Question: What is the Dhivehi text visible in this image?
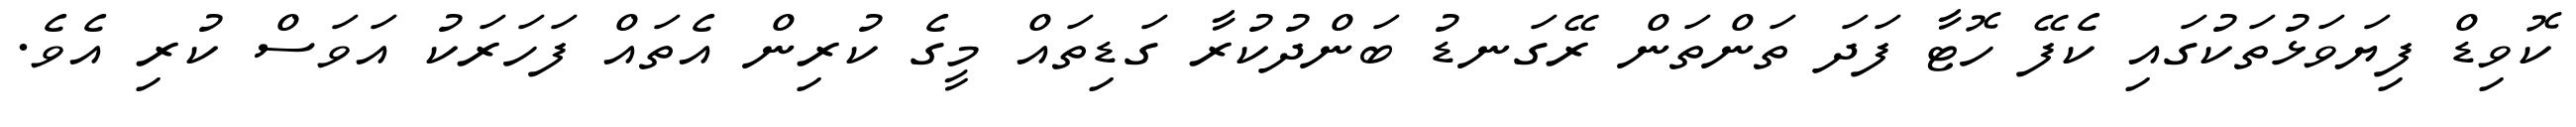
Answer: ކޮވިޑް ފިޔަވަޅުތަކުގައި ކެފޭ ހޮޓާ ފަދަ ތަންތަން ރޭގަނޑު ބަންދުކުރާ ގަޑިތައް މީގެ ކުރިން އެތައް ފަހަރަކު އަވަސް ކުރި އެވެ.